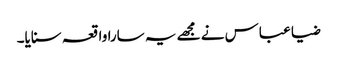
ضیا عباس نے مجھے یہ سارا واقعہ سنایا۔